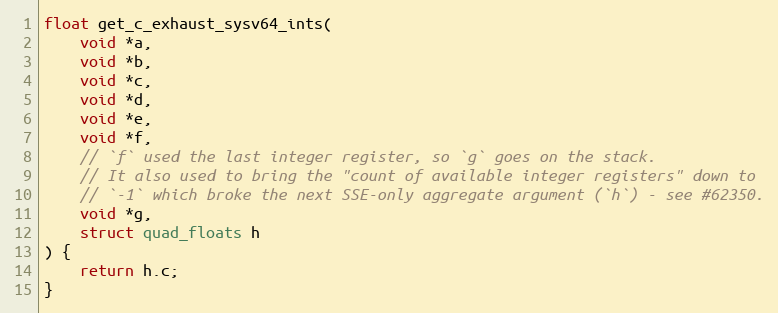
Language: C
float get_c_exhaust_sysv64_ints(
    void *a,
    void *b,
    void *c,
    void *d,
    void *e,
    void *f,
    // `f` used the last integer register, so `g` goes on the stack.
    // It also used to bring the "count of available integer registers" down to
    // `-1` which broke the next SSE-only aggregate argument (`h`) - see #62350.
    void *g,
    struct quad_floats h
) {
    return h.c;
}